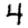
Digit: 4